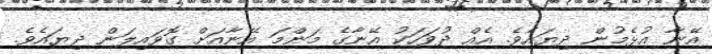
އޭނާ އުޅެމުން ދިޔައެވެ. އެއް ދުވަހަކު އޭނާގެ މަންމަ އޭނާއަށް ގޮވައިލަން ދިޔައެވެ.